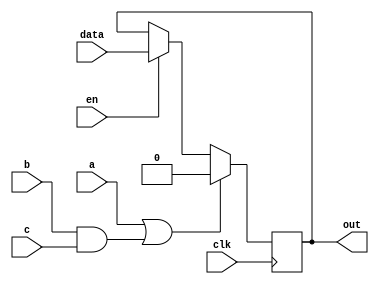
module ff_wternary_expr(
	input a, 
	input b, 
	input c, 
	input data, 
	input en, 
	input clk, 
	output reg out
);

	wire next_out;

	assign next_out = en ? data : out;

	always @(posedge clk) begin
		if (a | b & c)
			out <= 1'b0;
		else
			out <= next_out;
	end
endmodule